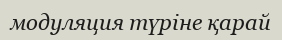
модуляция түріне қарай